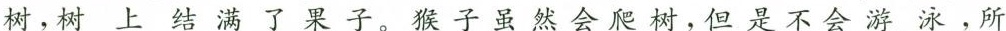
树，树上结满了果子。猴子虽然会爬树，但是不会游泳，所